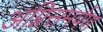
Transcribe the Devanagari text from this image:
अग्निसमर्पण